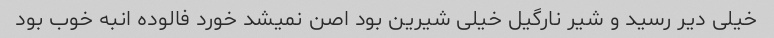
خیلی دیر رسید و شیر نارگیل خیلی شیرین بود اصن نمیشد خورد فالوده انبه خوب بود